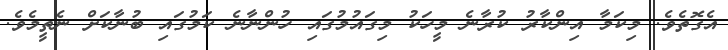
އެގޮތެވެ. މިކަމާ އިންކާރު ކުރާނެ މީހަކު މިގައުމުގައި ހުންނާނެ ކަމުގައި ބުނާކަށް ނެތީމެވެ.